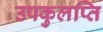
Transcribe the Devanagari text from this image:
उपकुलप्ति